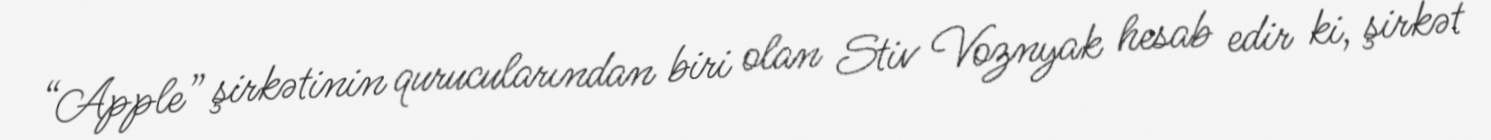
“Apple” şirkətinin qurucularından biri olan Stiv Voznyak hesab edir ki, şirkət